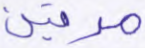
مرتين